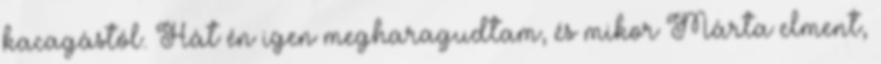
kacagástól. Hát én igen megharagudtam, és mikor Márta elment,